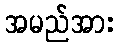
အမည်အား